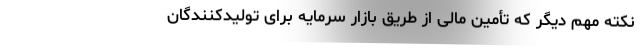
نکته مهم دیگر که تأمین مالی از طریق بازار سرمایه برای تولیدکنندگان